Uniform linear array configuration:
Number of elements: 24
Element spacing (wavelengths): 1
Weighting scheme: kaiser
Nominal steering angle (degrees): -30
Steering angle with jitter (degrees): -30.941
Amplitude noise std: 0.05
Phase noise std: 0.05

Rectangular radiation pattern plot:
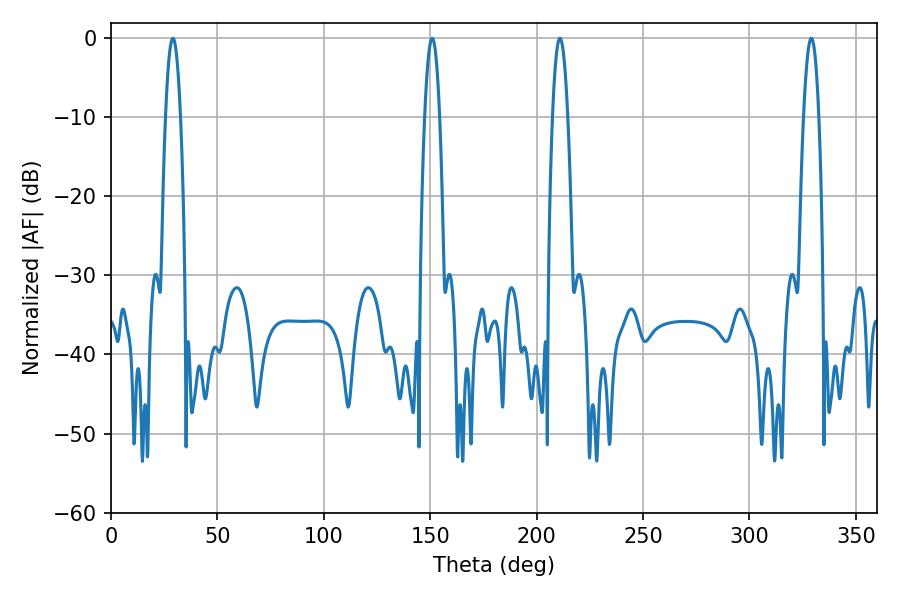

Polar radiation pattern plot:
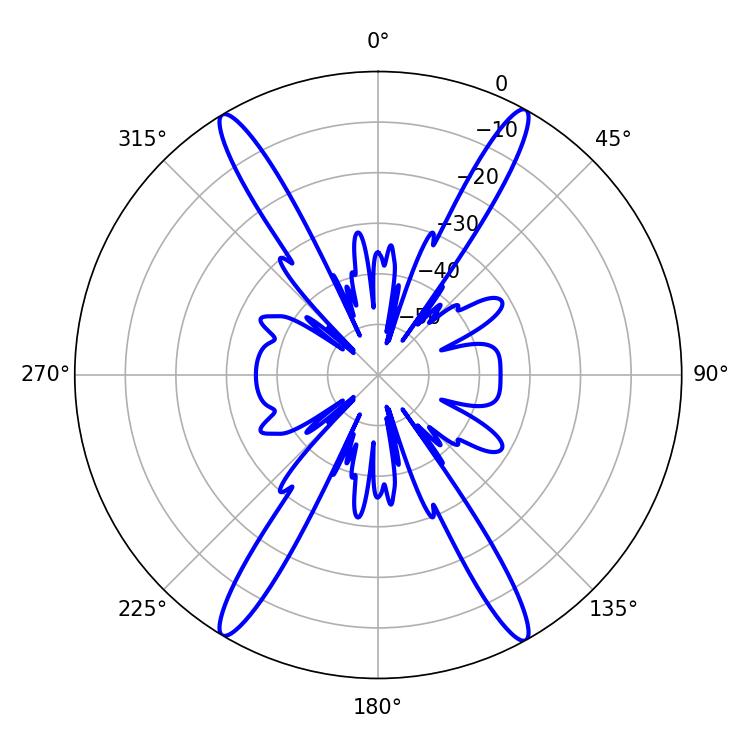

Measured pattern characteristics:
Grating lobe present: TRUE
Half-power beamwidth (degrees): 3.96
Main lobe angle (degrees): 329.04